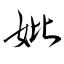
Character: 妣